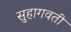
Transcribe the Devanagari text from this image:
सुहागवती